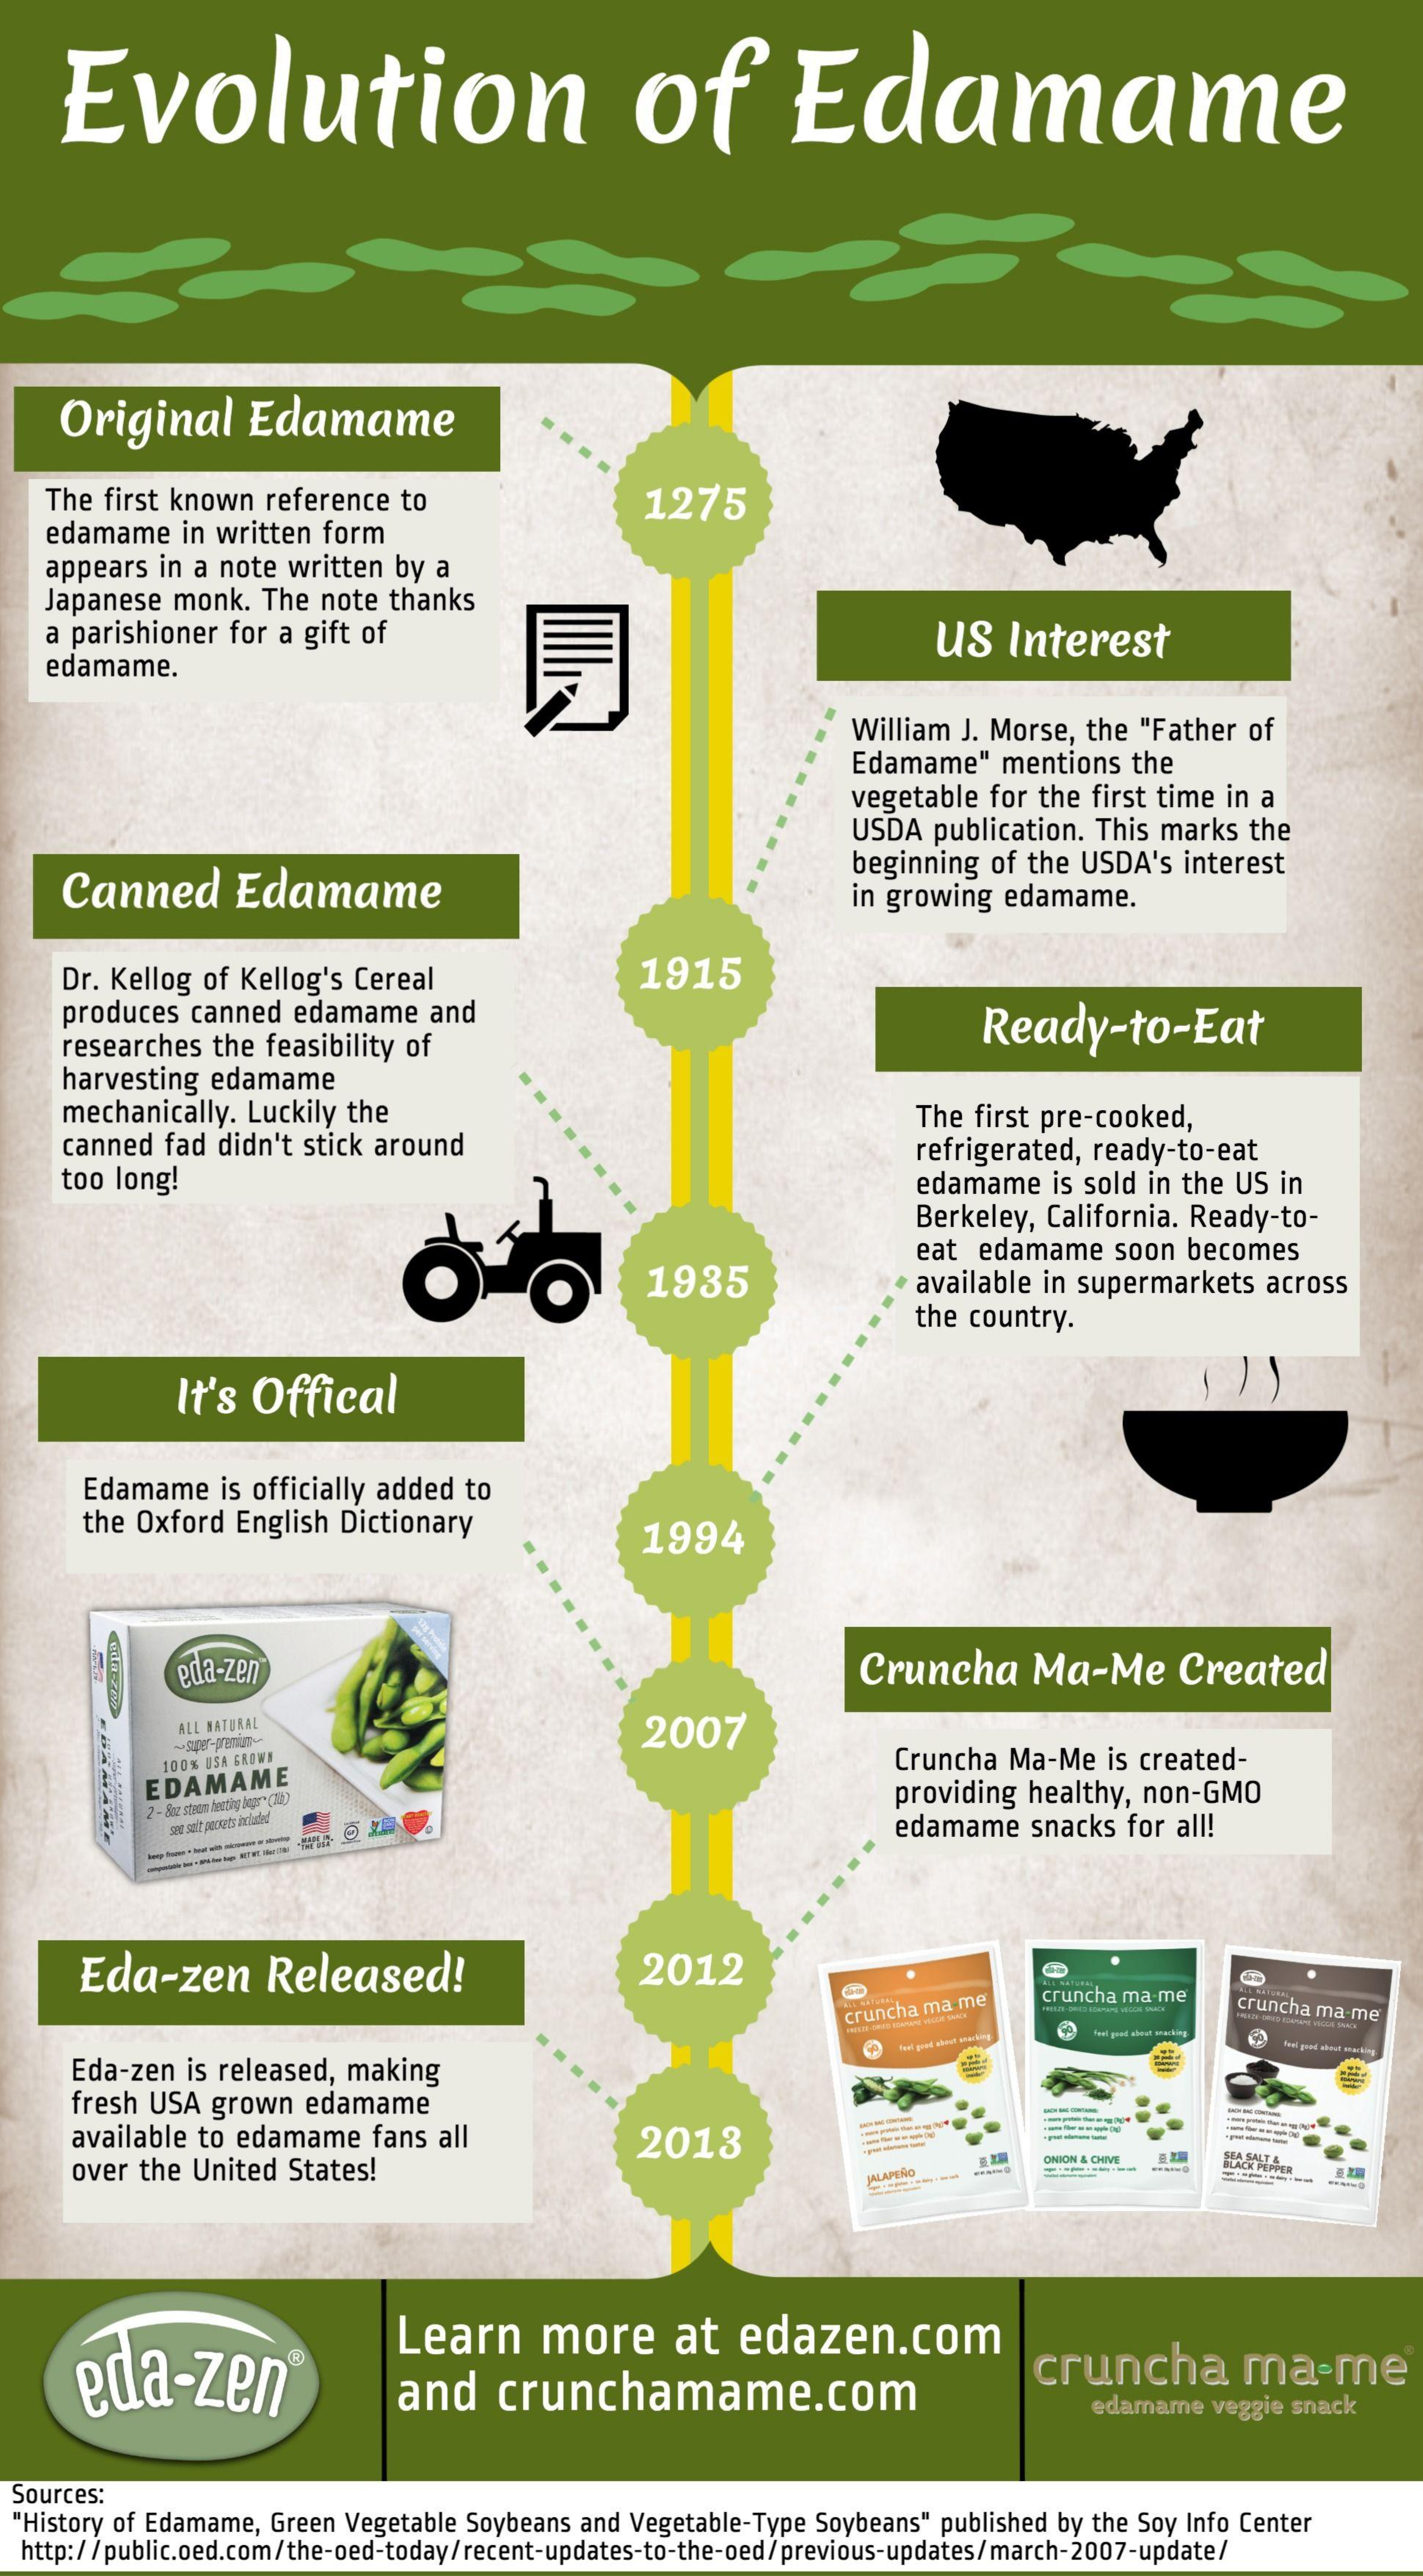
Evolution    of    Edamame
     Original    Edamame
    The first known  reference  to    1275
    edamame   in written  form
    appears  in a note written  by a
    Japanese  monk.  The  note thanks
    a parishioner for a gift of    US   Interest
    edamame.
     William  J. Morse, the "Father  of
     Edamame"    mentions   the
     vegetable  for the first time in a
     USDA  publication. This marks  the
     Canned    Edamame
     beginning  of the USDA's   interest
     in growing  edamame.
     Dr. Kellog of Kellog's Cereal    1915
     produces  canned  edamame    and
     researches  the feasibility of
     Ready-to-Eat
     harvesting  edamame
     mechanically.  Luckily the
     canned  fad  didn't stick around
     The first pre-cooked,
     too long!
     refrigerated, ready-to-eat
     edamame   is sold in the US in
     Berkeley, California. Ready-to-
     1935
     eat edamame    soon  becomes
     available in supermarkets   across
     the country.
     It's  Offical
     Edamame    is officially added to
     the Oxford  English Dictionary    1994
     eda-zen    Cruncha    Ma-Me    Created
     ALL NATURAL    2007
     100% USA GROWN    Cruncha Ma-Me   is created-
     EDAMAME    providing healthy, non-GMO
     2 - 8ve steen herting lepr (A)
     set selt pockets included    edamame    snacks for all!
     Eda-zen    Released!    2012
     cruncha ma-me
     cruncha ma me    cruncha ma-me
     Eda-zen  is released, making
     fresh USA  grown  edamame    ---
     available to edamame    fans all
     over the United  States!
     2013
     ONION & CHIVE
     ----------    BLACK PEPPER
     ALAPERO
     eda-zen®
     Learn    more    at   edazen.com
     and    crunchamame.com
     cruncha    ma-me
     edamame  veggie snack
  Sources:
  "History of Edamame, Green Vegetable Soybeans and Vegetable-Type Soybeans" published by the Soy Info Center
  http://public.oed.com/the-oed-today/recent-updates-to-the-oed/previous-updates/march-2007-update/